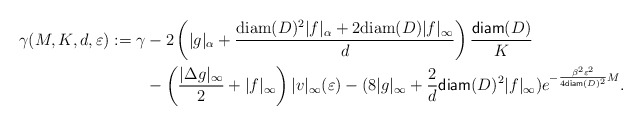
\begin{align*} \gamma(M,K,d,\varepsilon):= \gamma&-2\left(|g|_\alpha+\frac{{\rm diam}(D)^2|f|_\alpha+2{\rm diam}(D)|f|_\infty}{d}\right)\frac{{\sf diam}(D)}{K}\\&-\left(\frac{|\Delta g|_{\infty}}{2} + |f|_\infty \right)|v|_{\infty}(\varepsilon) - (8|g|_\infty+ \frac{2}{d}{\sf diam}(D)^2|f|_\infty)e^{-\frac{\beta^2\varepsilon^2}{4{\sf diam}(D)^2}M}.\end{align*}